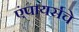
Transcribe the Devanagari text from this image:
एंपायर्सचे